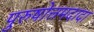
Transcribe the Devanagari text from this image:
पुरुषोत्तमदादा